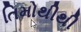
તિમોથીથી